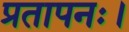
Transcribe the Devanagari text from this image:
प्रतापनः।